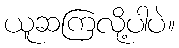
ယူဆကြလို့ပါပဲ။